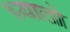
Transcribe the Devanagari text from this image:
ध्यातो